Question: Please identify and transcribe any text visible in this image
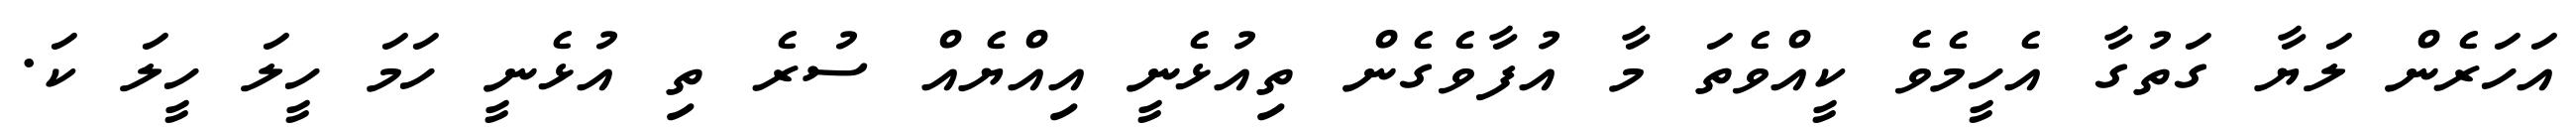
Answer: އަހަރެން ލަޔާ ގަތުގާ އެހީމެވެ ކީއްވެތަ މާ އުފާވެގެން ތިއުޅެނީ އިއްޔެއް ސުރެ ތި އުޅެނީ ހަމަ ހީލަ ހީލަ ކަ.